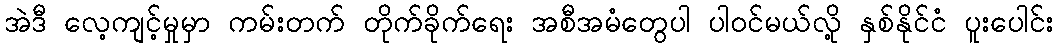
အဲဒီ လေ့ကျင့်မှုမှာ ကမ်းတက် တိုက်ခိုက်ရေး အစီအမံတွေပါ ပါဝင်မယ်လို့ နှစ်နိုင်ငံ ပူးပေါင်း